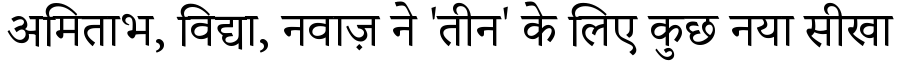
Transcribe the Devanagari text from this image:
अमिताभ, विद्या, नवाज़ ने 'तीन' के लिए कुछ नया सीखा